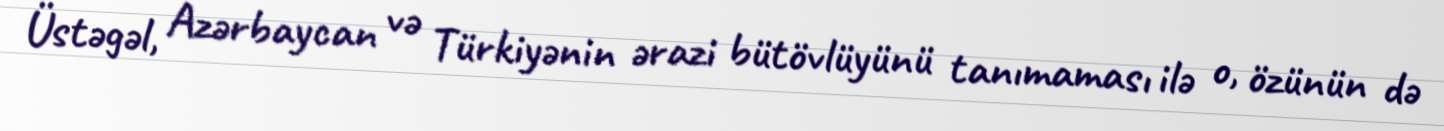
Üstəgəl, Azərbaycan və Türkiyənin ərazi bütövlüyünü tanımaması ilə o, özünün də